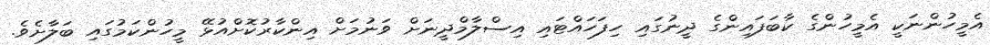
އެމީހުންނަކީ އެމީހުންގެ ކާބަފައިންގެ ދީނުގައި ހިފަހައްޓައި އިސްލާމްދީނަށް ވަނުމަށް އިންކާރުކޮށްއުޅޭ މީހުންކަމުގައި ބަލާށެވެ.